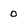
Character: 0